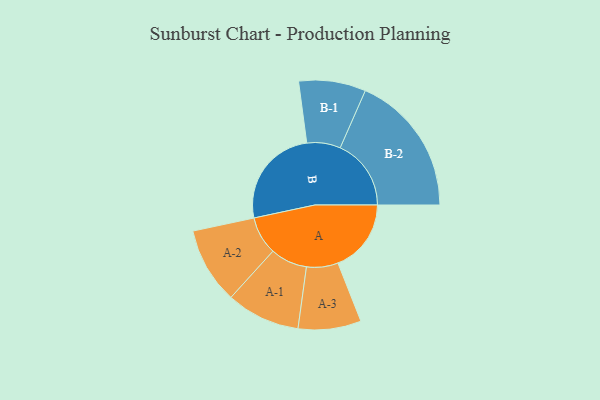
{"axis": {"x": "Segment", "y": "Value"}, "legend": ["", "A", "B"], "data": [{"x": "A", "y": 284, "type": ""}, {"x": "B", "y": 392, "type": ""}, {"x": "A-1", "y": 143, "type": "A"}, {"x": "A-2", "y": 148, "type": "A"}, {"x": "A-3", "y": 122, "type": "A"}, {"x": "B-1", "y": 130, "type": "B"}, {"x": "B-2", "y": 275, "type": "B"}]}